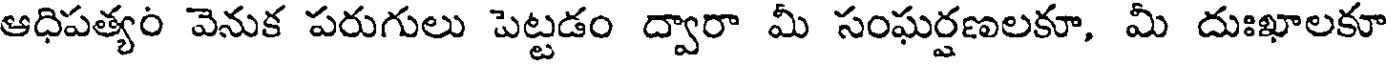
ఆధిపత్యం వెనుక పరుగులు పెట్టడం ద్వారా మీ సంఘర్షణలకూ, మీ దుఃఖాలకూ